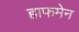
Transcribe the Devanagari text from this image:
हाफमेन